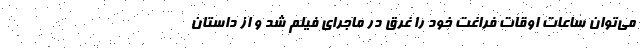
می‌توان ساعات اوقات فراغت خود را غرق در ماجرای فیلم شد و از داستان